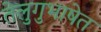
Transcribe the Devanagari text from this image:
तेलुगुभाषेत